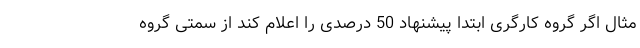
مثال اگر گروه کارگری ابتدا پیشنهاد 50 درصدی را اعلام کند از سمتی گروه